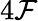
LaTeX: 4\mathcal{F}